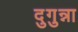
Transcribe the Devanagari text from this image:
दुगुन्ना